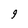
Character: 9